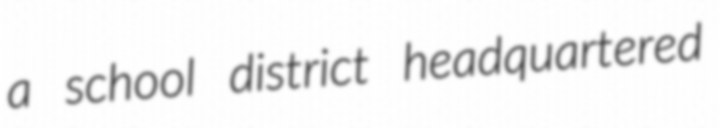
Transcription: a school district headquartered